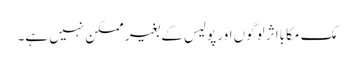
مک مکا بااثر لوگوں اور پولیس کے بغیر ممکن نہیں ہے۔